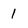
Character: l